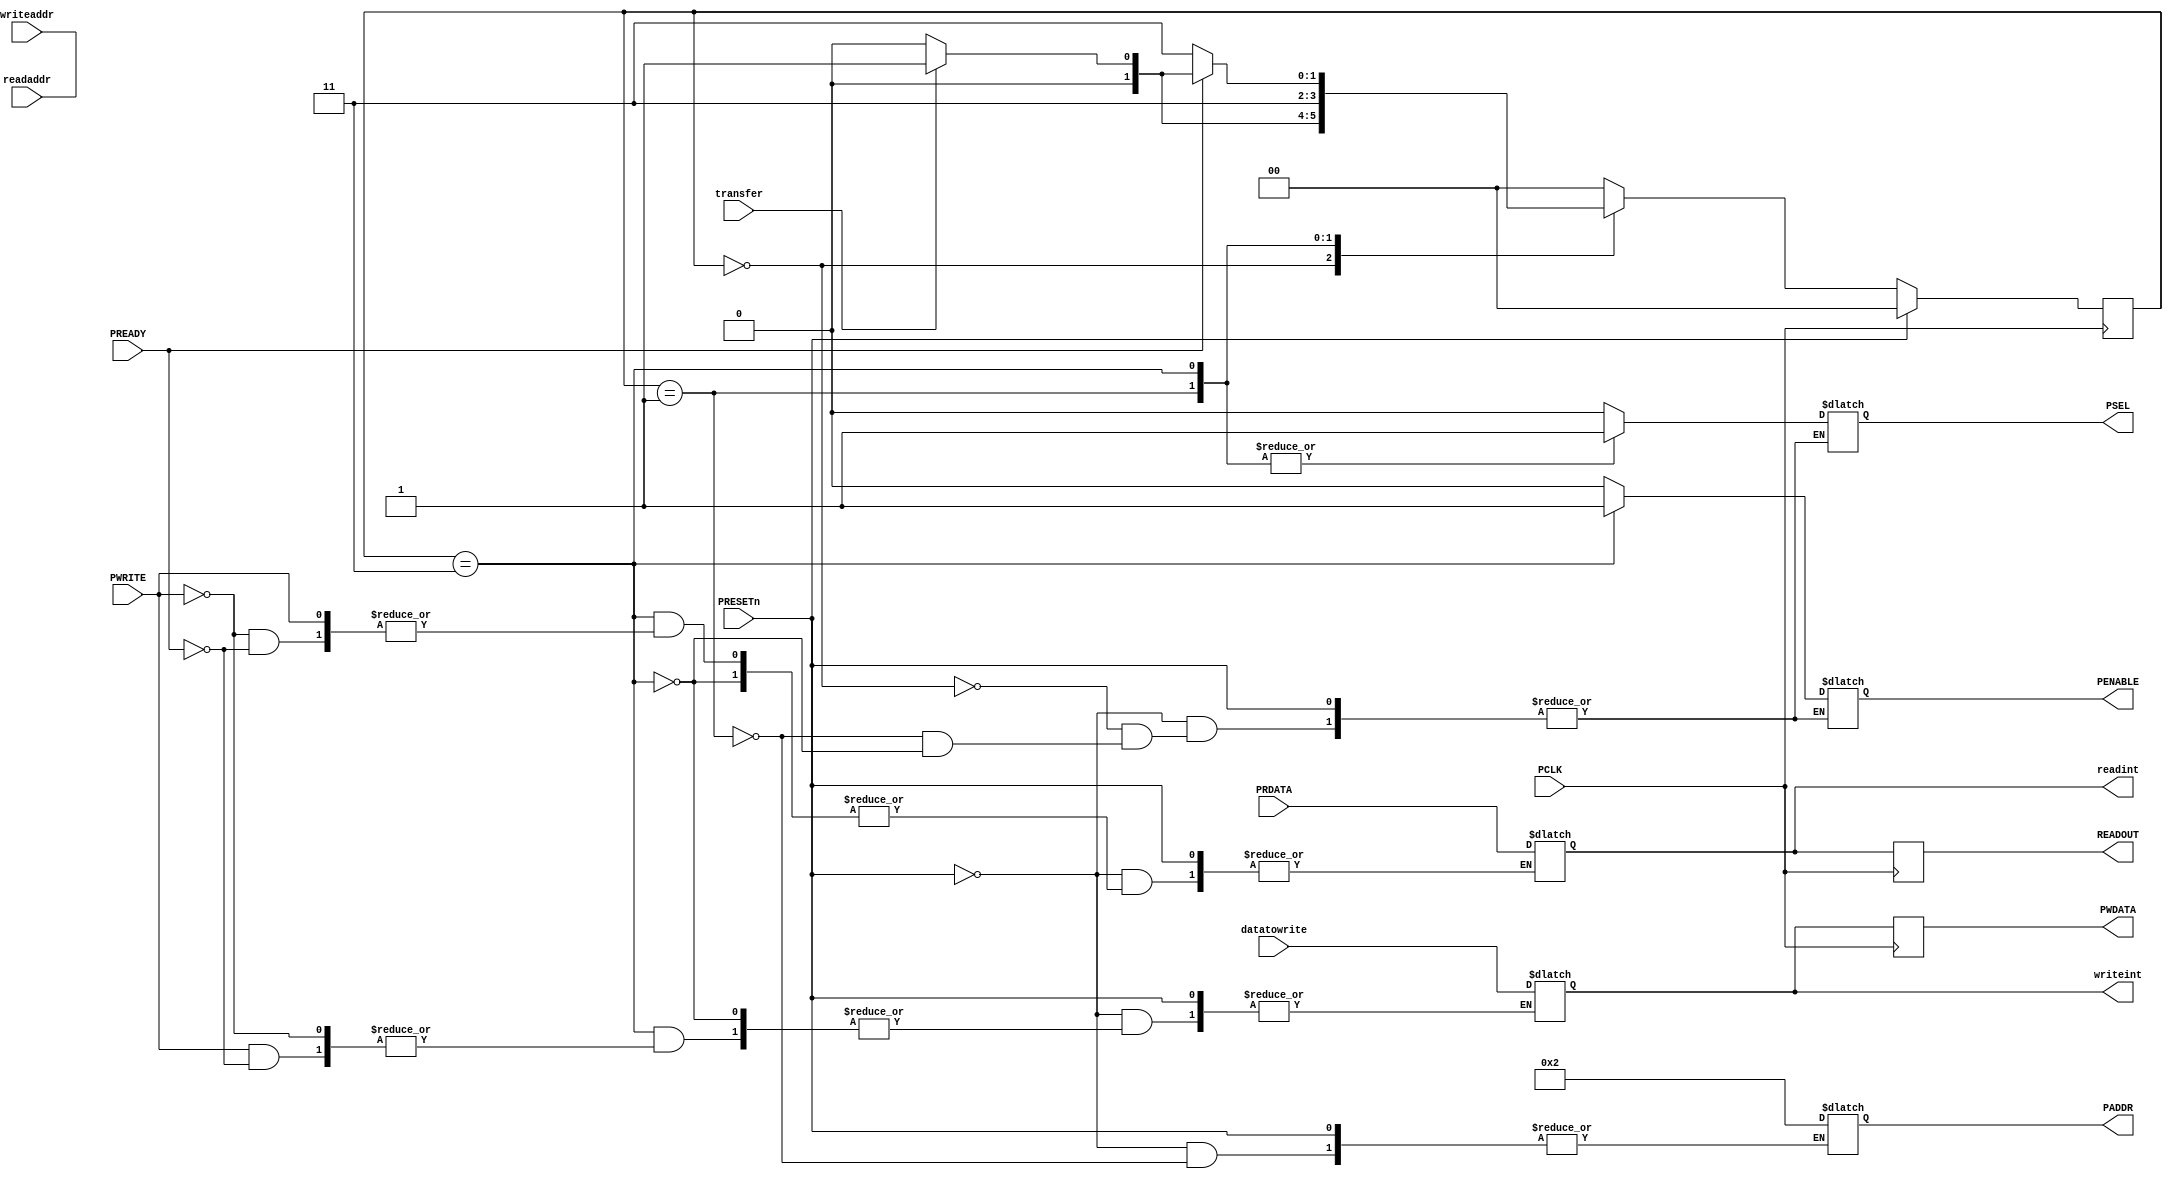
`timescale 1ns / 1ps
//////////////////////////////////////////////////////////////////////////////////
// Company: NIST
// 
// Design Name: APB PROTOCOL
// Module Name:    APB_master 
//
//////////////////////////////////////////////////////////////////////////////////
module APB_master(

input transfer,
input [7:0] readaddr,writeaddr,
input [7:0] datatowrite,
    
input PCLK,
input PRESETn,       
input [7:0] PRDATA,  //reading from slave    
input PWRITE,        //0 is READ 1 is WRITE
input PREADY,        //coming from slave
	
output reg [7:0] readint, //READ INTERMEDIATE
	
output reg [7:0] READOUT, //FINAL READOUT
output reg [7:0] writeint,//WRITE INTERMEDIATE
	
output reg PSEL,
output reg PENABLE,
output reg [7:0]PADDR,//read or write address
	//output reg PWRITE,
output reg [7:0]PWDATA //FINAL WRITE
	//output PSLVERR
    );
    
    
    reg [1:0] state, next_state;
    parameter IDLE = 2'b00, SETUP = 2'b01, ACCESS = 2'b11;
    
	 assign readaddr=8'b00000010;
	 assign writeaddr=8'b00000010;
	 
    always @(posedge PCLK)
    begin
        if(PRESETn)
            state <= IDLE;
	    else
		    state <= next_state;
    end
    
    always@(*)
    begin
        if (PRESETn) //reset
            next_state <= IDLE;
        else
        begin
            case(state)
            IDLE:
            begin
                PSEL<=0;
                PENABLE<=0;
                if(transfer)
                    next_state<= SETUP;
                else
                    next_state<=IDLE;
            end
            
            SETUP:
            begin
                PSEL<=1;
                PENABLE<=0;
                if (PWRITE) // WRITE OP
                begin
                    PADDR<=8'b00000010;
                    
                    next_state<=ACCESS;
                end
                else  // READ OP
                begin
                    PADDR<=8'b00000010;
                    next_state<=ACCESS;                    
                end                
            end
            
            ACCESS:
            begin
                PSEL<=1;
                PENABLE<=1;
                if (PWRITE) //WRITE OP
                begin
                    if(PREADY) //slave ready
                    begin
                        writeint<=datatowrite;
                        if (transfer) //more op after this
                            next_state<=SETUP;
                        else
                            next_state<=IDLE;
                    end
                    else //slave not ready for write
                        next_state<=ACCESS;  
                end
                else //READ OP
                begin
                    if (PREADY) //slave ready
                    begin
                        readint<=PRDATA;
                        if(transfer) //more op after this
                            next_state<=SETUP;
                        else 
                            next_state<=IDLE;
                    end
                    else //slave not ready for read
                        next_state<=ACCESS;
                end
                        
            end
            
            default:next_state<=IDLE;
            endcase
        end
    end
always@(posedge PCLK)
begin
    PWDATA<=writeint;
    READOUT<=readint;
end    
endmodule